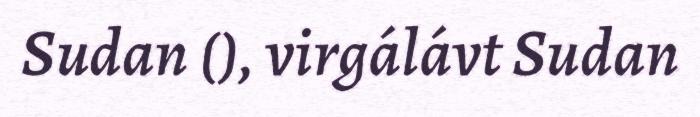
Sudan (), virgálávt Sudan